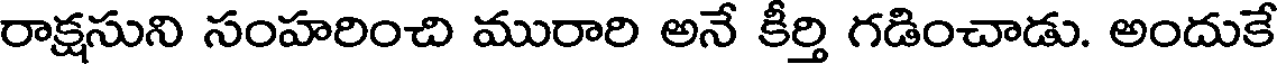
రాక్షసుని సంహరించి మురారి అనే కీర్తి గడించాడు. అందుకే